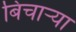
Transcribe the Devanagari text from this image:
बिचार्‍या